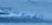
الفيروسات